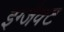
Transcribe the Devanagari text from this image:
इग्जैक्ट